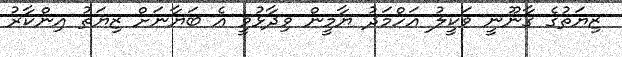
ޒިޔަތުގެ ގާނޫނީ ވަކީލު އަހްމަދު ޔާމީން ވިދާޅުވީ އެ ބަޔާނަށް ޒިޔަތު އިންކާރު